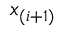
x _ { ( i + 1 ) }